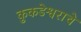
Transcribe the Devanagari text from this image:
कुकडेश्वराचे